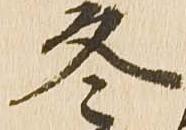
冬